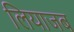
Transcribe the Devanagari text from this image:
लियाजब